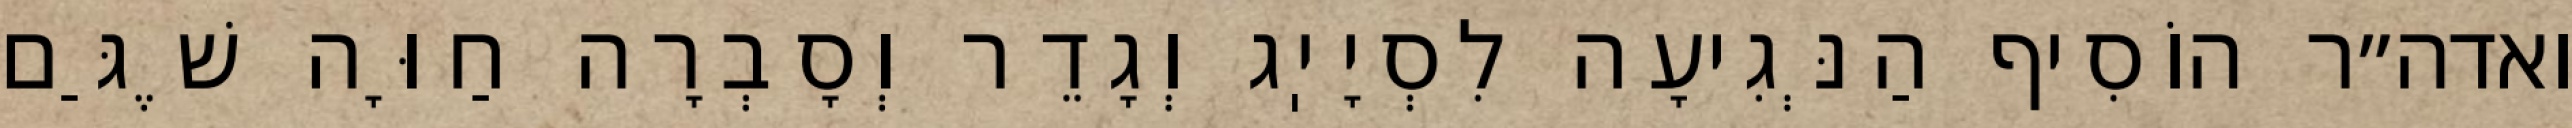
ואדה״ר הוֹסִיף הַנְּגִיעָה לִסְיָיֽג וְגָדֵר וְסָבְרָה חַוָּה שֶׁגַּם